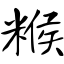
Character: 糇